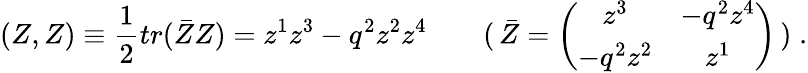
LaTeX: (Z,Z)\equiv\frac{1}{2}tr(\bar{Z}Z)=z^{1}z^{3}-q^{2}z^{2}z^{4}\qquad(\, \bar{Z}=\left(\begin{array}{cc}{{z^{3}}}&{{-q^{2}z^{4}}}\\ {{-q^{2}z^{2}}}&{{z^{1}}}\end{array}\right)\, )\; .